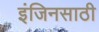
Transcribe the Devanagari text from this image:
इंजिनसाठी